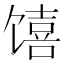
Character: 𱄆